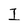
Character: I